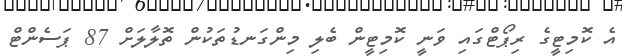
އެ ކޮމިޓީގެ ރިޕޯޓްގައި ވަނީ ކޮމިޓީން ބެލި މިންގަނޑުތަކުން ތޮލާލަށް 87 ޕަސެންޓް